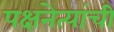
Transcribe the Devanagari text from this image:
पक्षनेत्यांची